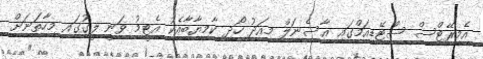
އެމިރޭޓްސް ސްޓޭޑިއަމްގައި އާސެނަލް މިއަދު ހޯދި ކާމިޔާބާއެކު އެޓީމު ވަނީ ލީގުގައި މިހާތަނަށް